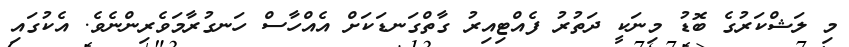
މި ލަޝްކަރުގެ ބޮޑު މިނަކީ ދަތުރު ފެއްޓިއިރު ގާތްގަނޑަކަށް އެއްހާސް ހަނގުރާމަވެރިންނެވެ. އެކުގައި